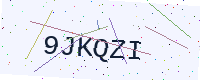
Text: 9JKQZI